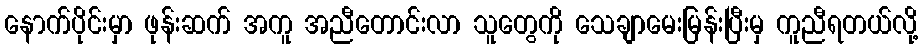
နောက်ပိုင်းမှာ ဖုန်းဆက် အကူ အညီတောင်းလာ သူတွေကို သေချာမေးမြန်းပြီးမှ ကူညီရတယ်လို့